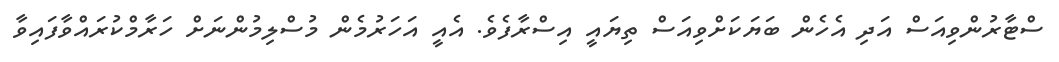
ސްޓާރުންވިއަސް އަދި އެހެން ބަޔަކަށްވިއަސް ތިޔައީ އިސްރާފެވެ. އެއީ އަހަރުމެން މުސްލިމުންނަށް ހަރާމްކުރައްވާފައިވާ